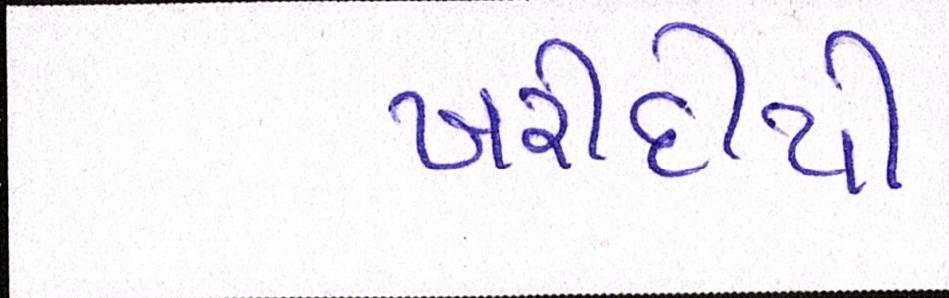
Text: ખરીદીથી